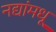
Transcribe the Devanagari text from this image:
नद्यांमधू